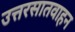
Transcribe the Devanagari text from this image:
उत्तरसातवाहन